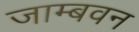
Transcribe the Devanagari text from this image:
जाम्बवन